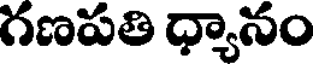
గణపతి ధ్యానం